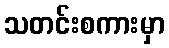
သတင်းစကားမှာ